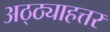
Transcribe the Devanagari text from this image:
अठ्ठ्याहत्तर